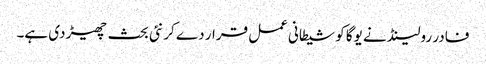
فادر رولینڈ نے یوگا کو شیطانی عمل قرار دے کر نئی بحث چھیڑ دی ہے۔